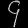
Digit: ၄